Vaccination in Bombay 1869-1873 - 1869-1873
Year: 1869
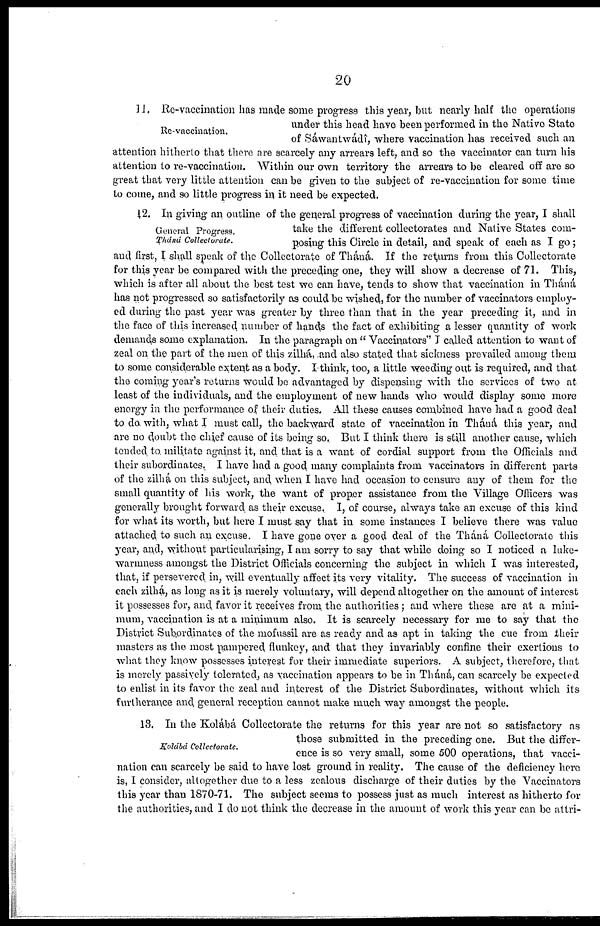
20
Re-vaccination.
11. Re-vaccination has made some progress this year, but nearly half the operations
under this head have been performed in the Native State
of Sáwantwádî, where vaccination has received such an
attention hitherto that there are scarcely any arrears left, and so the vaccinator can turn his
attention to re-vaccination. Within our own territory the arrears to be cleared off are so
great that very little attention can be given to the subject of re-vaccination for some time
to come, and so little progress in it need be expected.
General Progress.
Tháná Collectorate.
12. In giving an outline of the general progress of vaccination during the year, I shall
take the different collectorates and Native States com-
posing this Circle in detail, and speak of each as I go;
and first, I shall speak of the Collectorate of Tháná. If the returns from this Collectorate
for this year be compared with the preceding one, they will show a decrease of 71. This,
which is after all about the best test we can have, tends to show that vaccination in Tháná
has not progressed so satisfactorily as could be wished, for the number of vaccinators employ-
ed during the past year was greater by three than that in the year preceding it, and in
the face of this increased number of hands the fact of exhibiting a lesser quantity of work
demands some explanation. In the paragraph on " Vaccinators'' I called attention to want of
zeal on the part of the men of this zilhá, and also stated that sickness prevailed among them
to some considerable extent as a body. I think, too, a little weeding out is required, and that
the coming year's returns would be advantaged by dispensing with the services of two at
least of the individuals, and the employment of new hands who would display some more
energy in the performance of their duties. All these causes combined have had a good deal
to do with, what I must call, the backward state of vaccination in Tháná this year, and
are no doubt the chief cause of its being so. But I think there is still another cause, which
tended to. militate against it, and that is a want of cordial support from the Officials and
their subordinates. I have had a good many complaints from vaccinators in different parts
of the zilhá on this subject, and when I have had occasion to censure any of them for the
small quantity of his work, the want of proper assistance from the Village Officers was
generally brought forward as their excuse. I, of course, always take an excuse of this kind
for what its worth, but here I must say that in some instances I believe there was value
attached to such an excuse. I have gone over a good deal of the Tháná Collectorate this
year, and, without particularising, I am sorry to say that while doing so I noticed a luke¬
warmness amongst the District Officials concerning the subject in which I was interested,
that, if persevered in, will eventually affect its very vitality. The success of vaccination in
each zilhá, as long as it is merely voluntary, will depend altogether on the amount of interest
it possesses for, and favor it receives from the authorities ; and where these are at a mini-
mum, vaccination is at a minimum also. It is scarcely necessary for me to say that the
District Subordinates of the mofussil are as ready and as apt in taking the cue from their
masters as the most pampered flunkey, and that they invariably confine their exertions to
what they know possesses interest for their immediate superiors. A subject, therefore, that
is merely passively tolerated, as vaccination appears to be in Tháná, can scarcely be expected
to enlist in its favor the zeal and interest of the District Subordinates, without which its
furtherance and general reception cannot make much way amongst the people.
Kolábá Collectorate.
13. In the Kolábá Collectorate the returns for this year are not so satisfactory as
those submitted in the preceding one. But the differ-
ence is so very small, some 500 operations, that vacci-
nation can scarcely be said to have lost ground in reality. The cause of the deficiency here
is, I consider, altogether due to a less zealous discharge of their duties by the Vaccinators
this year than 1870-71. The subject seems to possess just as much interest as hitherto for
the authorities, and I do not think the decrease in the amount of work this year can be attri-